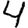
Digit: 4